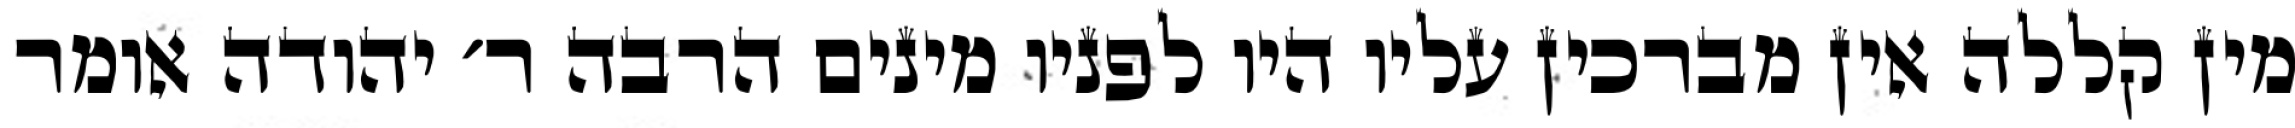
מין קללה אין מברכין עליו היו לפניו מינים הרבה ר׳ יהודה אומר